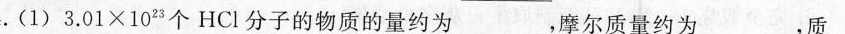
4.(1)3.01\times 10^{23}个HCl分子的物质的量约为_，摩尔质量约为_，质